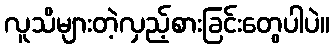
လူသိများတဲ့လှည့်စားခြင်းတွေပါပဲ။